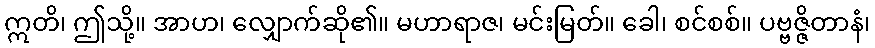
ဣတိ၊ ဤသို့။ အာဟ၊ လျှောက်ဆို၏။ မဟာရာဇ၊ မင်းမြတ်။ ခေါ၊ စင်စစ်။ ပဗ္ဗဇ္ဇိတာနံ၊